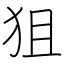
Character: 狙